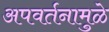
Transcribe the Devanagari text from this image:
अपवर्तनामुळे